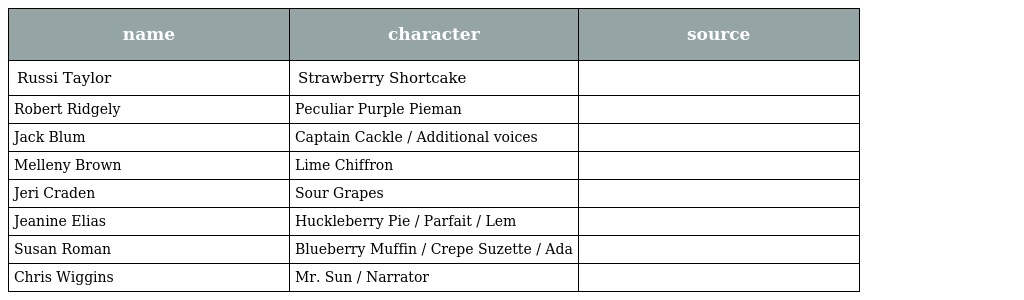
| name | character | source |
 | --- | --- | --- |
 | Russi Taylor | Strawberry Shortcake |  |
 | Robert Ridgely | Peculiar Purple Pieman |  |
 | Jack Blum | Captain Cackle / Additional voices |  |
 | Melleny Brown | Lime Chiffron |  |
 | Jeri Craden | Sour Grapes |  |
 | Jeanine Elias | Huckleberry Pie / Parfait / Lem |  |
 | Susan Roman | Blueberry Muffin / Crepe Suzette / Ada |  |
 | Chris Wiggins | Mr. Sun / Narrator |  |